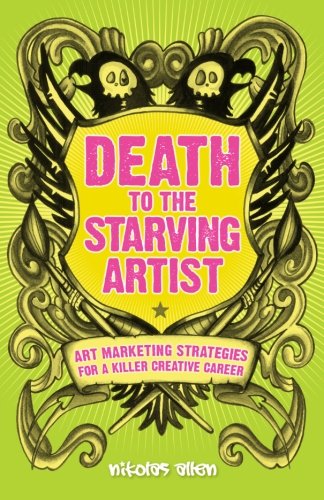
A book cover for Death To The Starving Artist: Art Marketing Strategies for a Killer Creative Career; Nikolas Allen; Arts & Photography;